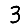
Digit: 3